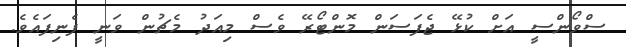
ސްވޯންސީ އަށް ކުޅޭ ޖެފަސަން މޮންޓޯރޭ ވެސް މިއަދު މެޗުން ވަނީ ފެނިފައެވެ.